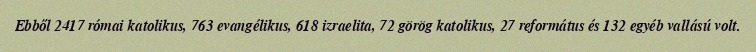
Ebből 2417 római katolikus, 763 evangélikus, 618 izraelita, 72 görög katolikus, 27 református és 132 egyéb vallású volt.